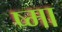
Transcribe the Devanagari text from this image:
ष्मा